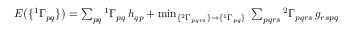
\begin{array} { r } { E \big ( \{ ^ { 1 } \Gamma _ { p q } \} \big ) = \sum _ { p q } { ^ { 1 } \Gamma } _ { p q } \, h _ { q p } + \operatorname* { m i n } _ { \{ { ^ { 2 } \Gamma _ { p q r s } } \} \to \{ ^ { 1 } \Gamma _ { p q } \} } \; \sum _ { p q r s } { ^ { 2 } \Gamma } _ { p q r s } \, g _ { r s p q } } \end{array}